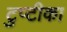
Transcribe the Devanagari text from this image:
टुप्टीका